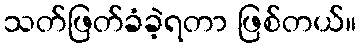
သတ်ဖြတ်ခံခဲ့ရတာ ဖြစ်တယ်။